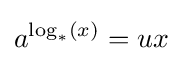
a^{\log _{*}(x)}=ux